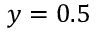
y = 0 . 5